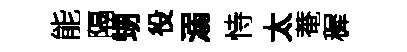
能隔甥役溺恃太菴穉